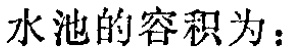
水池的容积为：